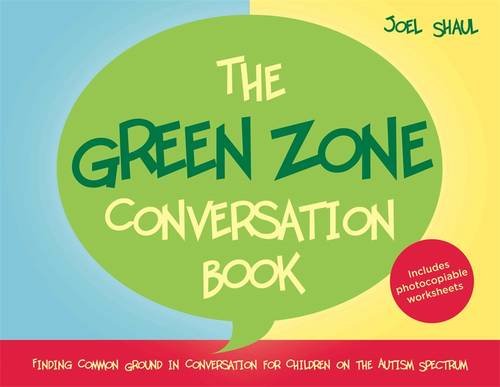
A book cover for The Green Zone Conversation Book: Finding Common Ground in Conversation for Children on the Autism Spectrum; Joel Shaul; Health, Fitness & Dieting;